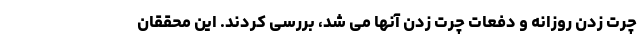
چرت زدن روزانه و دفعات چرت زدن آنها می شد، بررسی کردند. این محققان